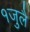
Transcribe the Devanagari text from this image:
१जुलै